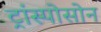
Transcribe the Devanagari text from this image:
ट्रांस्पोसोन